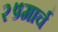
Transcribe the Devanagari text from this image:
२५मार्च